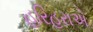
હરિહરાએ